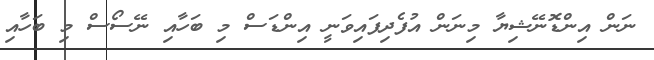
ނަން އިންޑޮނޭޝިޔާ މިނަން އުފެދިފައިވަނީ އިންޑަސް މި ބަހާއި ނޭސޯސް މި ބަހާއި